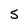
Character: 5